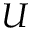
U